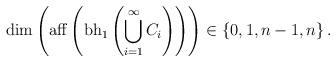
LaTeX: \begin{align*}\dim \left({\rm aff}\left({\rm bh}_1 \left(\bigcup^\infty_{i=1}C_i\right)\right)\right) \in \{0,1, n-1,n\}\,.\end{align*}